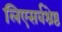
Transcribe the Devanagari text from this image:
लिएसर्वश्रेष्ठ